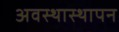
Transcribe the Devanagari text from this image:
अवस्थास्थापन